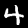
Digit: 4